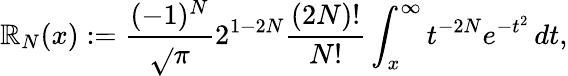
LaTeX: \mathbb{R}_{N}(x):={\frac{{(-1)^{N}}}{{\sqrt{}{{\pi}}}}}2^{1-2N}{\frac{{(2N)!}}{{N!}}}\int_{x}^{\infty}t^{-2N}e^{-t^{2}}\, dt,